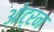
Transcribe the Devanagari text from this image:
ओट्रन